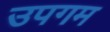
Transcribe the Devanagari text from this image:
उपगम